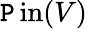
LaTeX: \operatorname{\mathtt{P}in}(V)